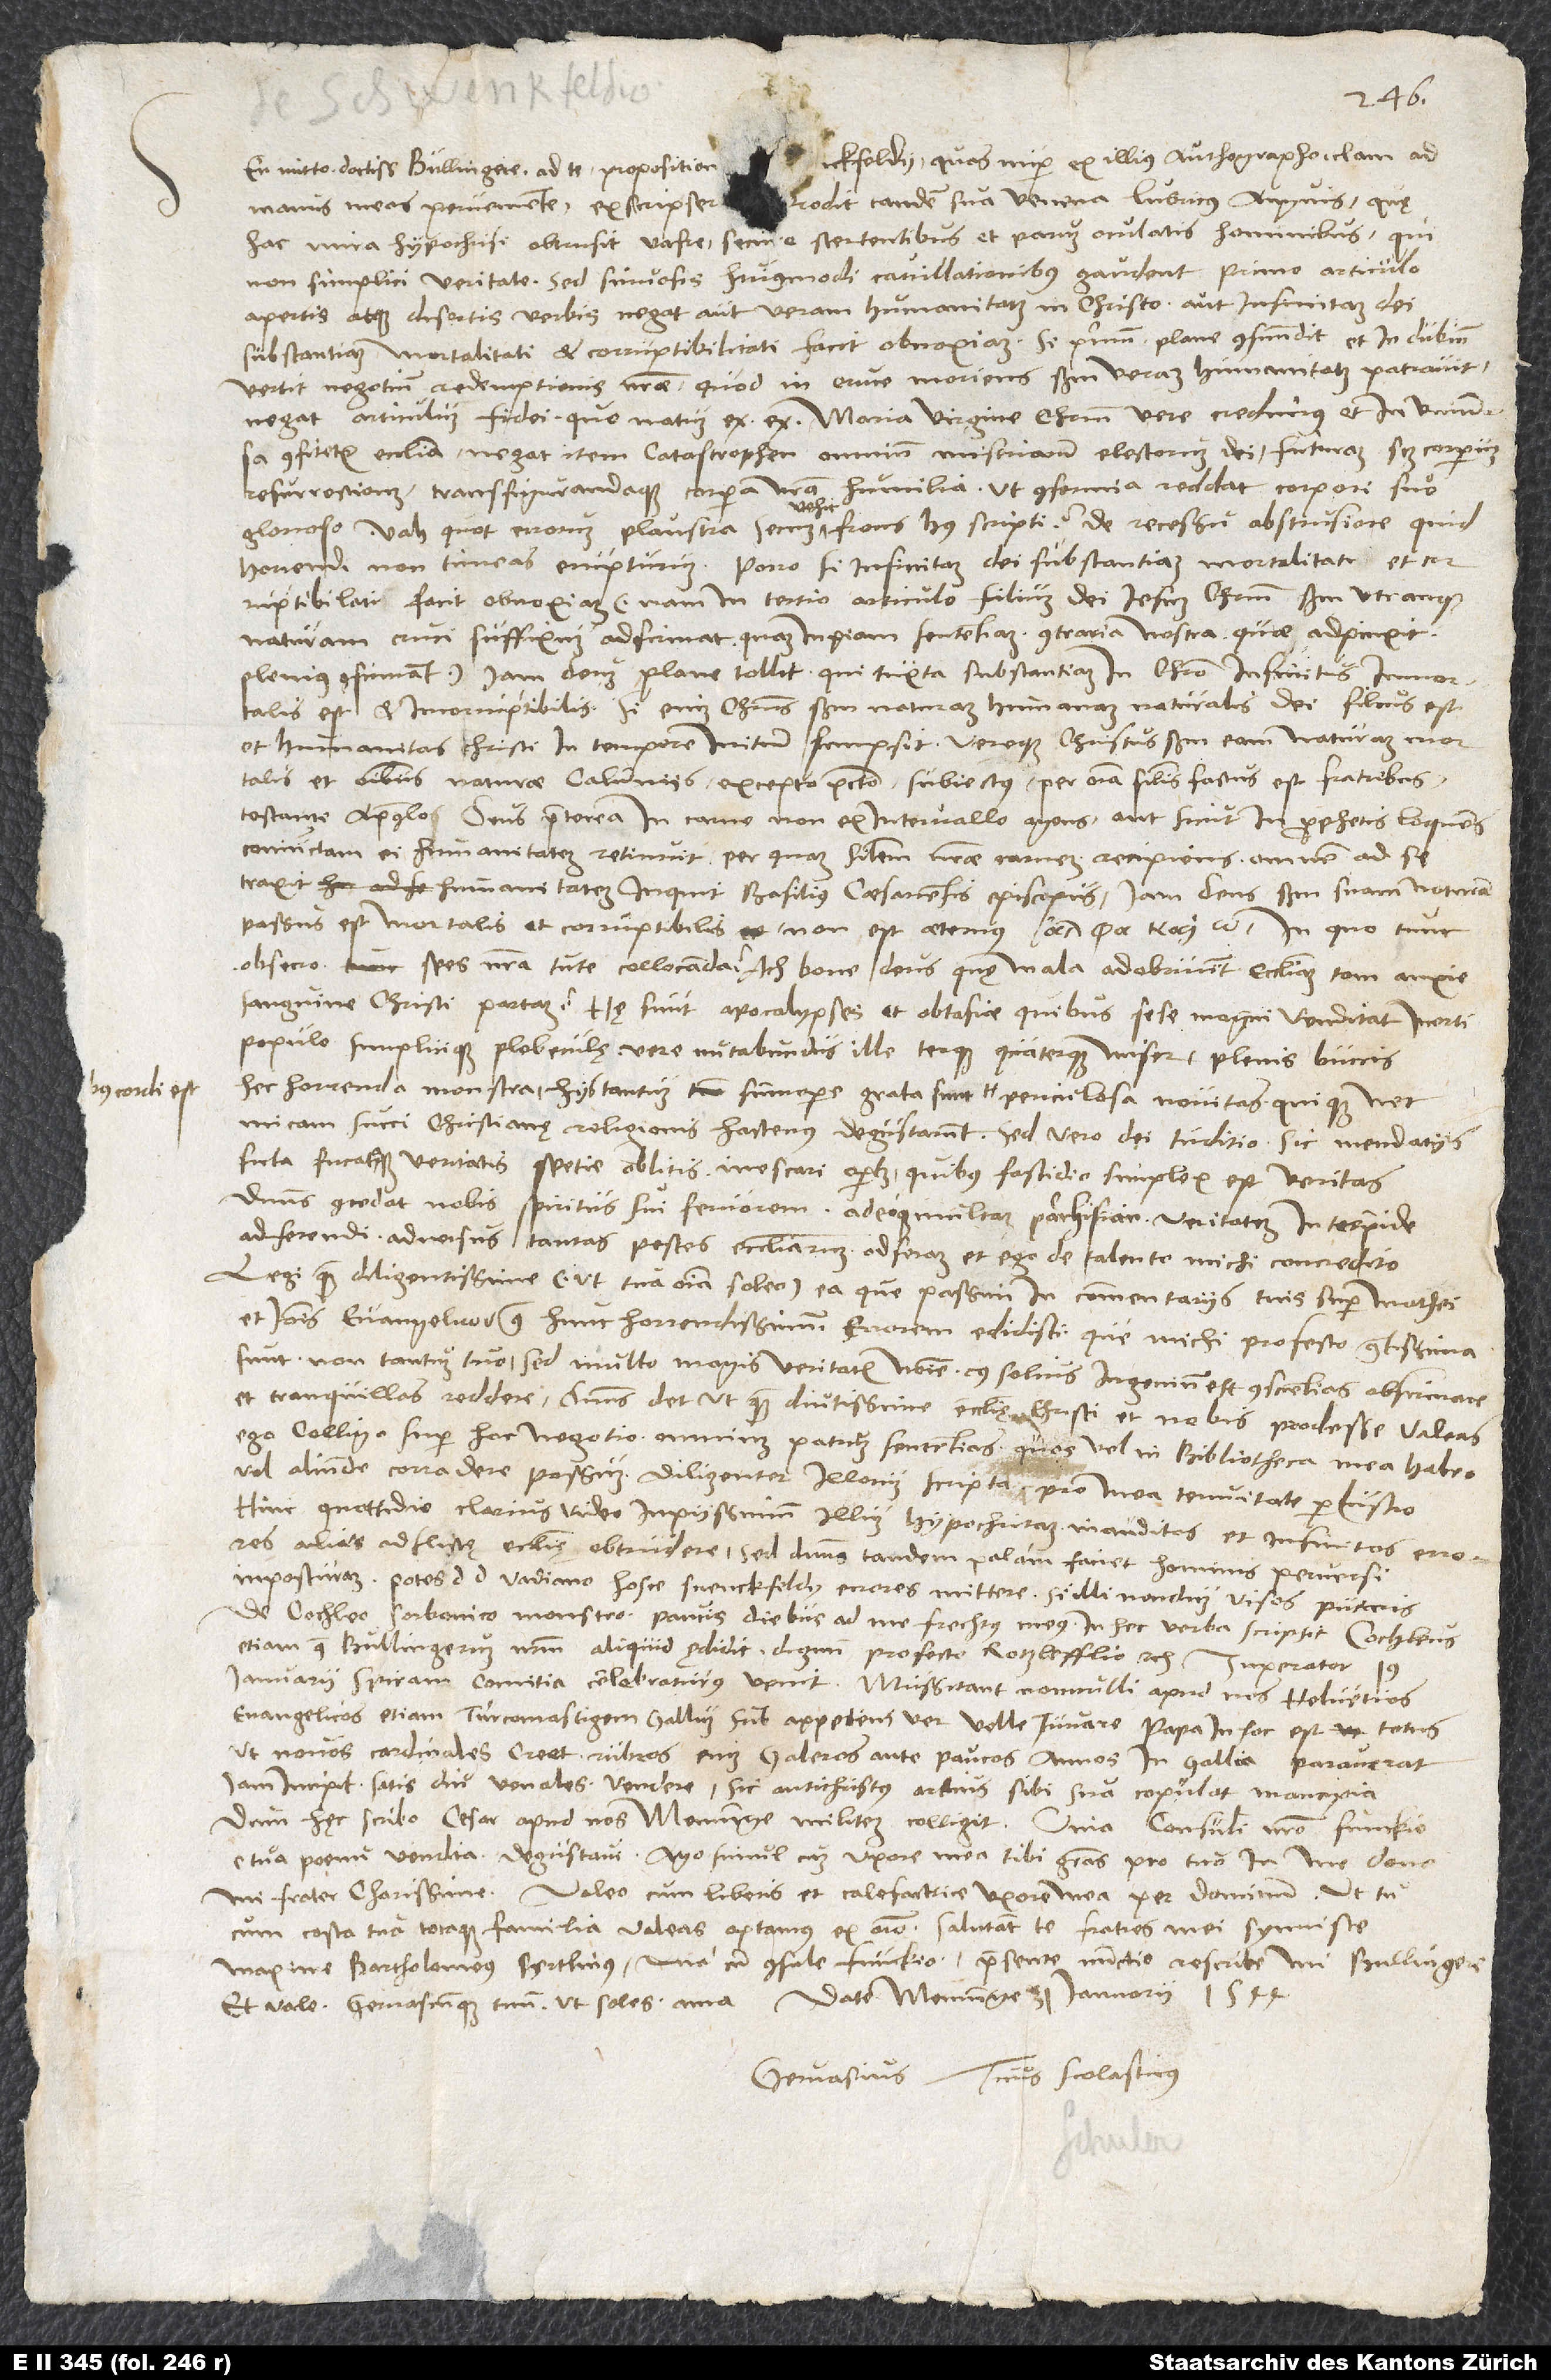
hac unica hypochrisi obtrusit vafre secure stertentibus et parum oculatis hominibus, qui
non simplici veritate, sed sinuosis huiusmodi cavillationibus gaudent. Primo articulo
apertis atque disertis verbis negat aut veram humanitatem in Christo aut infinitam dei
substantiam mortalitati et corruptibilitati facit obnoxiam. Si primum plane confundit et in dubium
vertit negotium redemptionis nostrae, quod in cruce moriens secundum veram humanitatem patravit,
negat articulum fidei, quo natum ex Maria virgine Christum vere credimus et in universa
confitetur ecclesia, negat item catastrophen omnium miseriarum electorum dei, futuram scilicet corporum
resurrectionem transfigurandaque corpora nostra humilia, ut conformia reddat corpori suo
glorioso. Vah, quot errorum plaustra secum vehit frons huius scripti! De recessu abstrusiore quid
horrendi non timeas erupturum? Porro, si infinitam dei substantiam mortalitati et
corruptibilitati facit obnoxiam (nam in tertio articulo filium dei Iesum Christum secundum utranque
naturam cruci suffixum adfirmat, quam inpiam sententiam contraria nostra, quae adpinxit,
plenius confirmant), iam deum plane tollit, qui iuxta substantiam in Christo infinitus, immortalis
est et incorruptibilis. Si enim Christus secundum naturam humanam naturalis dei filius est
et humanitas Christi in tempore initium sumpsit vereque Christus secundum eam naturam mortalis
et omnibus naturae calumniis excepto peccato subiectus per omnia similis factus est fratribus
testante apostolo, deus praeterea „in carne non ex intervallo agens aut sicut in prophetis loquens
coniunctam ei humanitatem retinuit, per quam similem nostrae carnem recipiens omnem ad se
traxit humanitatem“, inquit Basilius, Caesariensis episcopus, iam deus secundum suam naturam
passus est mortalis et corruptibilis, non est aeternus , in quo tunc,
obsecro, spes nostra tute collocanda? Ach, bone deus, quę mala adobruunt ecclesiam tuam anxie
sanguine Christi paratam! Hae sunt apocalypses et obtasiae, quibus sese magni venditat inerti
populo simplicique plebeculę vere mutabundus ille terque quaterque miser plenis buccis.
Hec horrenda monstra hiis tantum summopere grata sunt, quibus cordi est periculosa novitas quique nec
micam succi christianę religionis hactenus degustarunt. Sed vero dei iuditio sic mendaciis
ficta fucataque veritatis spetie oblitis inescari oportet, quibus fastidio simplex est veritas.
Dominus concedat nobis spiritus sui fervorem adeoque multam parrhisian veritatem intrepide
adserendi. Adversus tantas pestes ecclesiarum adferam et ego de talento michi concredito.
Legi quam diligentissime (ut tua omnia soleo) ea, que passim in commentariis tuis super Mathei
et Ioannis euangelico ν contra hunc horrendissimum errorem edidisti, que michi profecto gratissima
sunt non tantum tuo, sed multo magis veritatis nomine, cuius solius ingenium est conscientias obfirmare
et tranquillas reddere. Dominus det, ut quam diutissime ecclesię Christi et nobis prodesse valeas.
Ego colligo super hoc negotio omnium patrum sententias, quos vel in bibliotheca mea habeo
vel aliunde corradere possum. Diligenter illorum scripta pro mea tenuitate perlustro.
Hinc quottidie clarius video inpiissimum illum hypochritam inauditos et infinitos errores
alias adflictę ecclesię obtrudere; sed dominus tandem palam faciet hominis perversi
imposturam. Potes d. d. Vadiano hosce Svenckfeldii errores mittere, si illi nondum visos putaris.
De Cochleo, Sorbonico monstro, paucis diebus ad me Frechtus meus in hec verba scripsit: „Cochleus
etiam contra Bullingerum nostrum aliquid ędidit dignum profecto Rotzlefflio“ etc. Imperator
19.
ianuarii Spiram comitia celebraturus venit. Mussitant nonnulli apud nos Helvetios
evangelicos etiam Turcomastigem Gallum sub appetens ver velle iuvare. Papa in hoc est totus,
ut novos cardinales creet; rubros enim galeros ante paucos annos in Gallia paraverat.
Iam incipit satis diu venales vendere. Sic antichristus arctius sibi sua copulat mancipia.
Dum hęc scribo, cesar apud nos Meminge militem colligit. Vina consuli nostro Funckio
e tua paenu vendita degustavi. Ago simul cum uxore mea tibi gratias pro tuo in me dono,
mi frater charissime. Valeo cum liberis et calefactrice uxore mea per dominum. Ut tu
cum costa tua totaque familia valeas, optamus ex animo. Salutant te fratres mei symiste,
maxime Bartholomeus Bertlinus, una cum consule Funckio. Praesente nunctio rescribe, mi Bullingere,
et vale Gervasiumque tuum, ut soles, ama. Date Meminge, 31. ianuarii 1544.
Gervasius tuus Scolasticus.